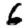
Digit: 6